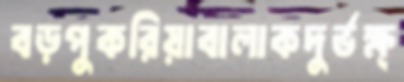
বড়পুকরিয়াবালাকদুর্ভক্ষ্